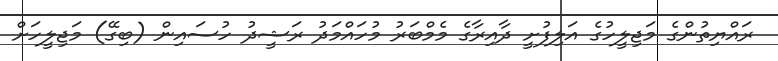
ރައްޔިތުންގެ މަޖިލީހުގެ އަލިފުށީ ދާއިރާގެ މެމްބަރު މުހައްމަދު ރަޝީދު ހުސައިން (ބިގޭ) މަޖިލީހަށް